Vaccination report Assam 1896-1927 - 1896-1927
Year: 1896
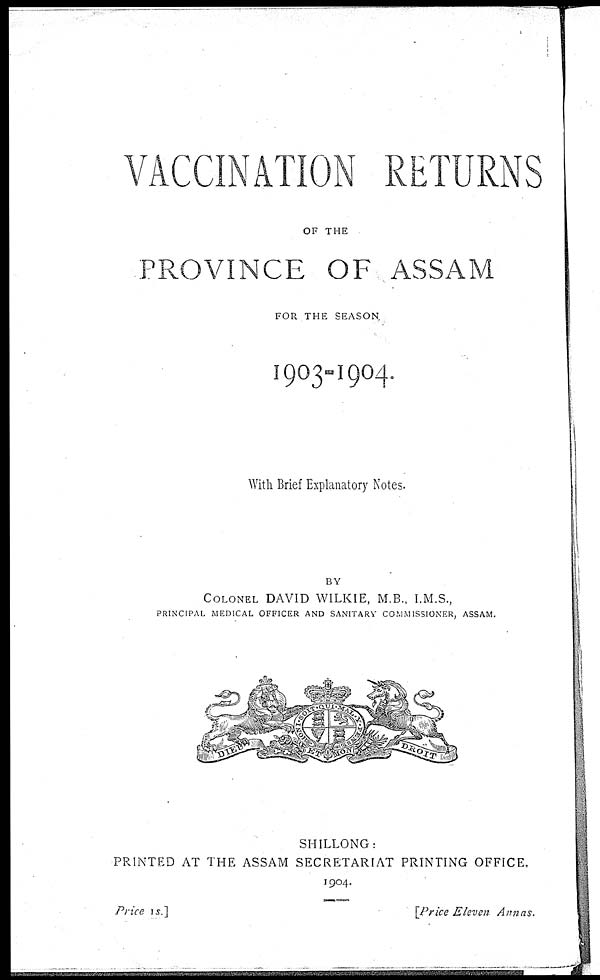
VACCINATION RETURNS
OF THE
PROVINCE OF ASSAM
FOR THE SEASON.
1903-1904.
With Brief Explanatory Notes.
BY
COLONEL DAVID WILKIE, M.B., I.M.S.,
PRINCIPAL MEDICAL OFFICER AND SANITARY COMMISSIONER, ASSAM.
SHILLONG:
PRINTED AT THE ASSAM SECRETARIAT PRINTING OFFICE,.
1904.
Price 1s.]
[Price Eleven Annas.